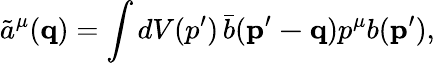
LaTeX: \tilde{a}^{\mu}({\mathbf{q}})=\int dV(p^{\prime})\, \bar{b}({\mathbf{p^{\prime}-q}})p^{\mu}b({\mathbf{p^{\prime}}}),